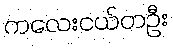
ကလေးငယ်တဦး